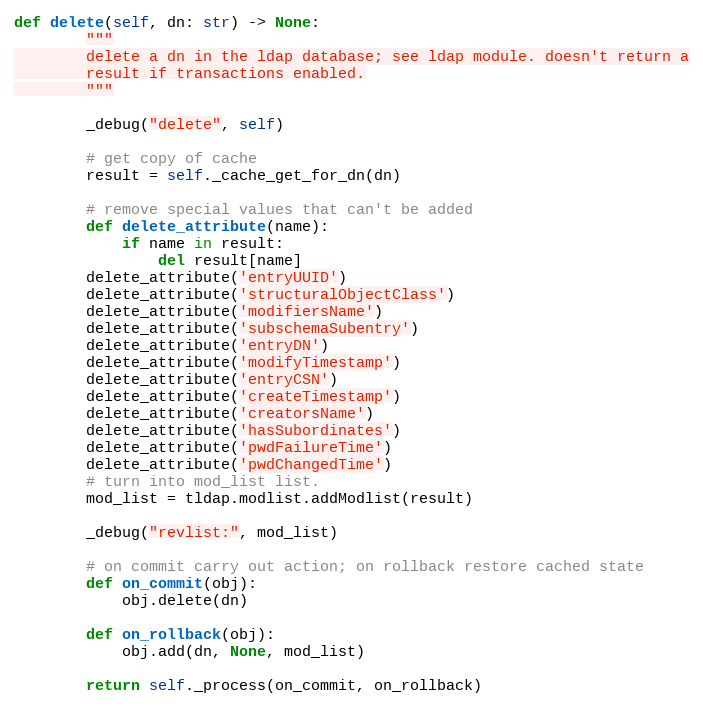
Language: Python
def delete(self, dn: str) -> None:
        """
        delete a dn in the ldap database; see ldap module. doesn't return a
        result if transactions enabled.
        """

        _debug("delete", self)

        # get copy of cache
        result = self._cache_get_for_dn(dn)

        # remove special values that can't be added
        def delete_attribute(name):
            if name in result:
                del result[name]
        delete_attribute('entryUUID')
        delete_attribute('structuralObjectClass')
        delete_attribute('modifiersName')
        delete_attribute('subschemaSubentry')
        delete_attribute('entryDN')
        delete_attribute('modifyTimestamp')
        delete_attribute('entryCSN')
        delete_attribute('createTimestamp')
        delete_attribute('creatorsName')
        delete_attribute('hasSubordinates')
        delete_attribute('pwdFailureTime')
        delete_attribute('pwdChangedTime')
        # turn into mod_list list.
        mod_list = tldap.modlist.addModlist(result)

        _debug("revlist:", mod_list)

        # on commit carry out action; on rollback restore cached state
        def on_commit(obj):
            obj.delete(dn)

        def on_rollback(obj):
            obj.add(dn, None, mod_list)

        return self._process(on_commit, on_rollback)